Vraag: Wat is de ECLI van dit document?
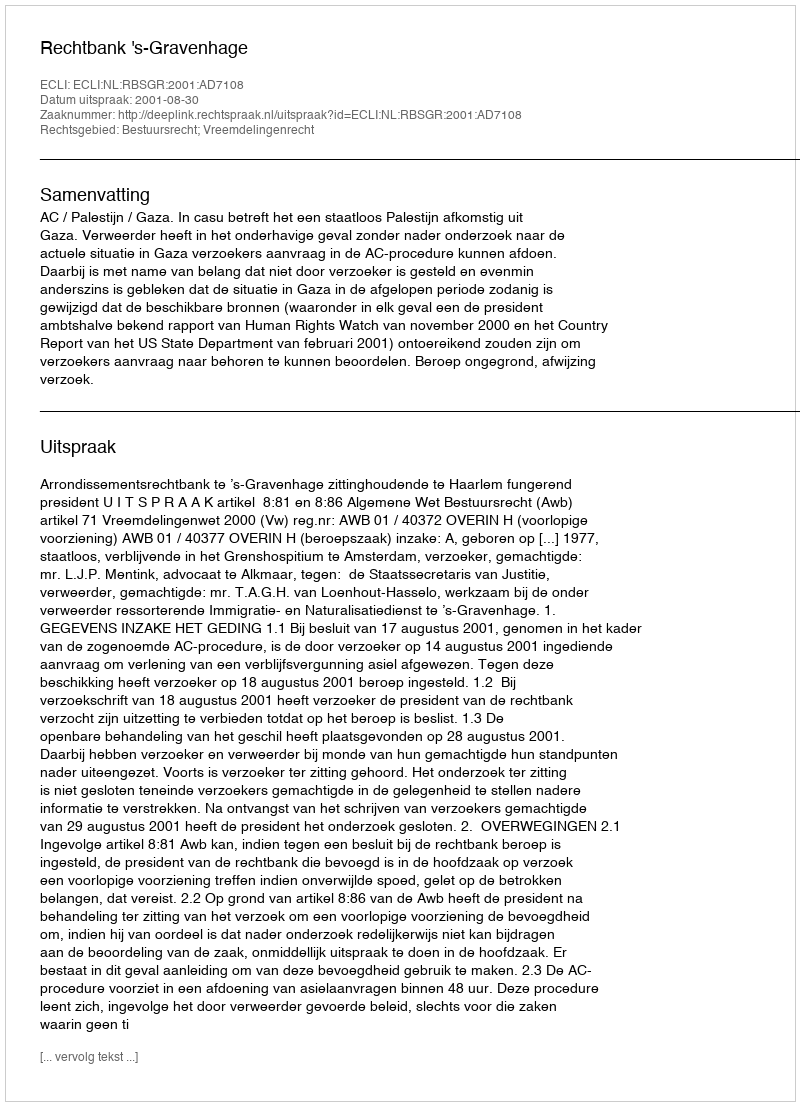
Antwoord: ECLI:NL:RBSGR:2001:AD7108